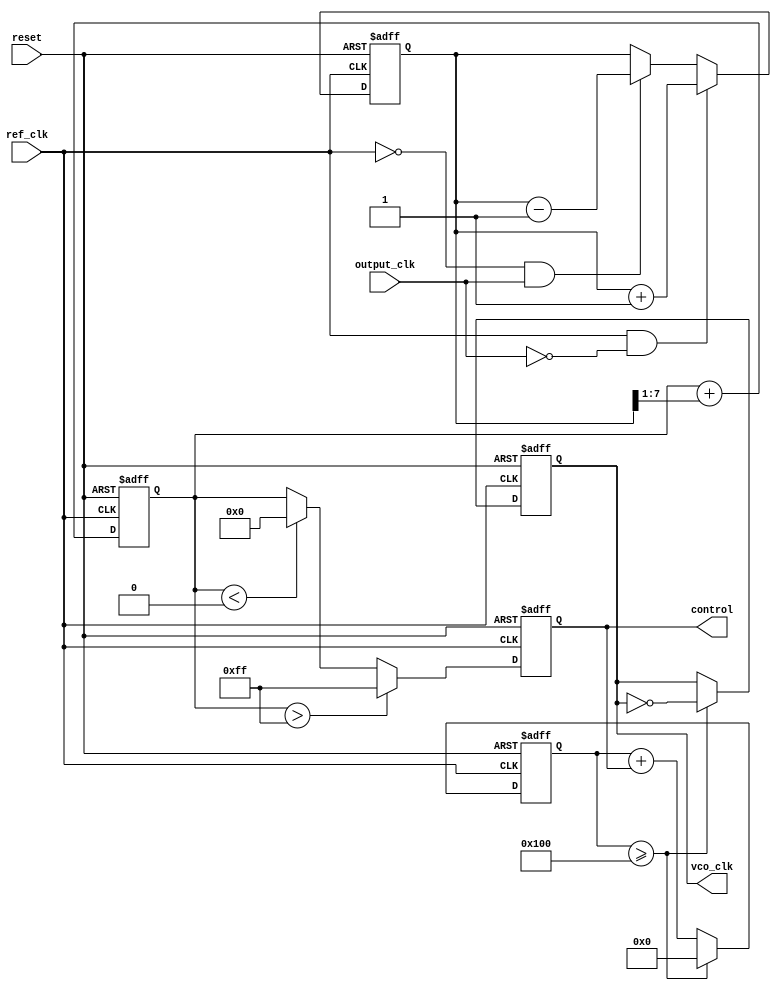
module pll (
    input wire ref_clk,        // Reference clock input
    input wire output_clk,     // Output clock input (feedback)
    input wire reset,          // Asynchronous reset
    output reg vco_clk,        // VCO output clock
    output reg [7:0] control   // Control voltage (for simulation purposes, represented as an 8-bit value)
);

// Parameters
parameter integer VCO_MAX = 255; // Max value for control voltage
parameter integer VCO_MIN = 0;   // Min value for control voltage
parameter integer LOCK_TIME = 100; // Time to lock (in clock cycles)

// Internal signals
reg [7:0] phase_error; // Phase error signal
reg [7:0] loop_filter; // Output of the loop filter
reg [31:0] count;      // Counter for VCO clock generation
reg [7:0] lock_counter; // Counter to determine lock status
reg locked;            // Lock status flag

// Simple Phase Detector
always @(posedge ref_clk or posedge reset) begin
    if (reset) begin
        phase_error <= 0;
    end else begin
        if (ref_clk && !output_clk) begin
            phase_error <= phase_error + 1; // Reference clock leads
        end else if (!ref_clk && output_clk) begin
            phase_error <= phase_error - 1; // Output clock leads
        end
    end
end

// Loop Filter (Simple First-Order)
always @(posedge ref_clk or posedge reset) begin
    if (reset) begin
        loop_filter <= 0;
    end else begin
        loop_filter <= loop_filter + (phase_error >> 1); // Simple integration
    end
end

// VCO (Voltage Controlled Oscillator)
always @(posedge ref_clk or posedge reset) begin
    if (reset) begin
        vco_clk <= 0;
        count <= 0;
        control <= 128; // Initial control voltage
        locked <= 0;
        lock_counter <= 0;
    end else begin
        // Adjust control voltage based on loop filter output
        if (loop_filter > VCO_MAX) begin
            control <= VCO_MAX;
        end else if (loop_filter < VCO_MIN) begin
            control <= VCO_MIN;
        end else begin
            control <= loop_filter;
        end

        // Simple counter for VCO frequency generation
        count <= count + control;
        if (count >= 256) begin
            vco_clk <= ~vco_clk; // Toggle VCO clock
            count <= 0;
        end

        // Lock detection (simplified for demo)
        if (phase_error == 0) begin
            lock_counter <= lock_counter + 1;
        end else begin
            lock_counter <= 0;
        end

        if (lock_counter >= LOCK_TIME) begin
            locked <= 1; // PLL is locked
        end
    end
end

endmodule